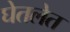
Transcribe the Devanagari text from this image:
घेतलेत